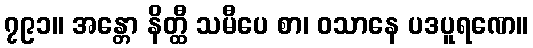
၇၉၁။ အန္တော နိတ္ထီ သမီပေ စာ၊ ဝသာနေ ပဒပူရဏေ။